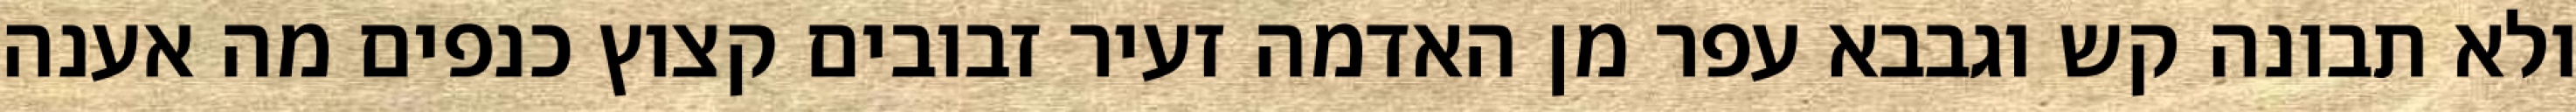
ולא תבונה קש וגבבא עפר מן האדמה זעיר זבובים קצוץ כנפים מה אענה